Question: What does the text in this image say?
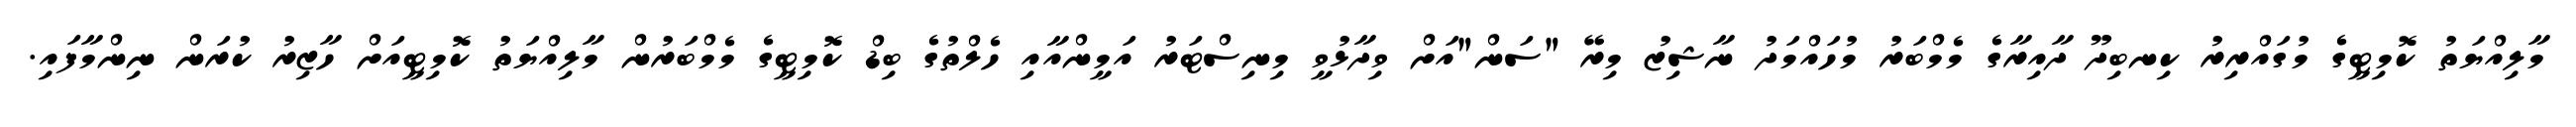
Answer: މާލިއްޔަތު ކޮމިޓީގެ މުގައްރިރު ކިނބިދޫ ދާއިރާގެ މެމްބަރު މުހައްމަދު ނާޝިޒު މިރޭ "ސަން"އަށް ވިދާޅުވީ މިނިސްޓަރު އަމީންއާއި ހެލްތުގެ ބިޑް ކޮމިޓީގެ މެމްބަރުން މާލިއްޔަތު ކޮމިޓީއަށް ހާޒިރު ކުރަން ނިންމާފައި.